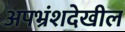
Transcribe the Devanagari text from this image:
अपभ्रंशदेखील